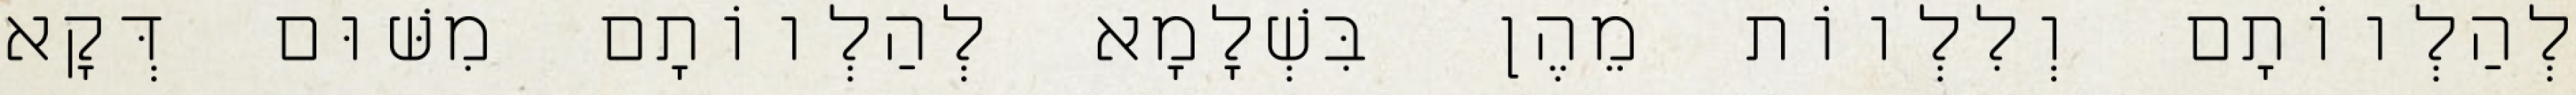
לְהַלְווֹתָם וְלִלְווֹת מֵהֶן בִּשְׁלָמָא לְהַלְווֹתָם מִשּׁוּם דְּקָא